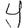
Digit: 4